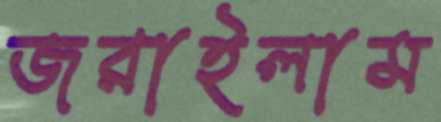
জরাইলাম